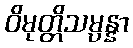
ဝိမုတ္တိသမ္ပန္နာ